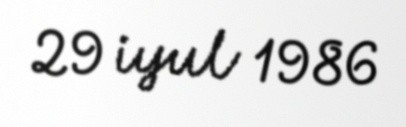
29 iyul 1986